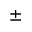
\pm